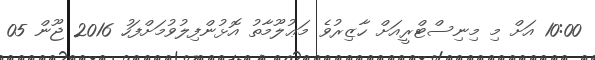
10:00 އަށް މި މިނިސްޓްރީއަށް ހާޒިރުވެ މަޢުލޫމާތު އޮޅުންފިލުވުމަށްފަހު 2016 ޖޫން 05